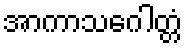
အာကာသဂေါတ္တံ